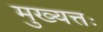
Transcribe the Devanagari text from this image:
मुख्यत्तः